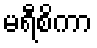
မရီစိကာ